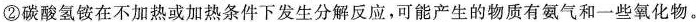
②碳酸氢铵在不加热或加热条件下发生分解反应，可能产生的物质有氨气和一些氧化物。